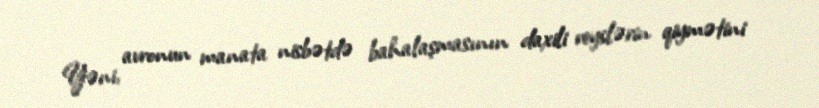
Yəni, avronun manata nisbətdə bahalaşmasının daxili reyslərin qiymətini